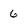
Character: 6